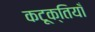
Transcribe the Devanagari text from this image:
कटूक्तियाँ